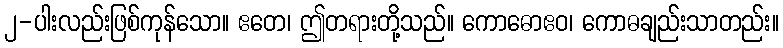
၂-ပါးလည်းဖြစ်ကုန်သော။ ဧတေ၊ ဤတရားတို့သည်။ ကောဓောဧဝ၊ ကောဓချည်းသာတည်း။